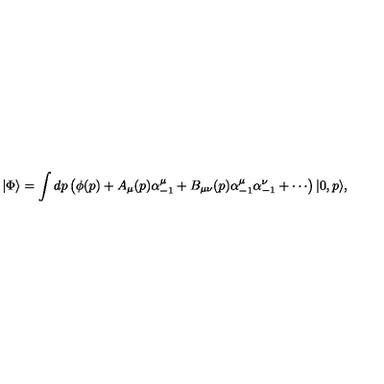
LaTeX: | \Phi \rangle = \int d p \left( \phi ( p ) + A _ { \mu } ( p ) \alpha _ { - 1 } ^ { \mu } + B _ { \mu \nu } ( p ) \alpha _ { - 1 } ^ { \mu } \alpha _ { - 1 } ^ { \nu } + \cdots \right) | 0 , p \rangle ,